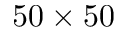
5 0 \times 5 0